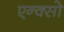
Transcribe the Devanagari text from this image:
एन्क्सो